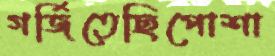
গর্জিতেছিপোশা